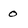
Character: 0